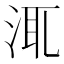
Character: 㳧